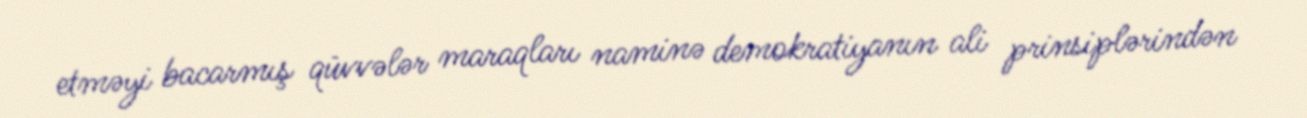
etməyi bacarmış qüvvələr maraqları naminə demokratiyanın ali prinsiplərindən